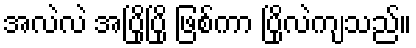
အလဲလဲ အပြိုပြို ဖြစ်ကာ ပြိုလဲကျသည်။